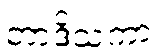
တာဒိသကာ